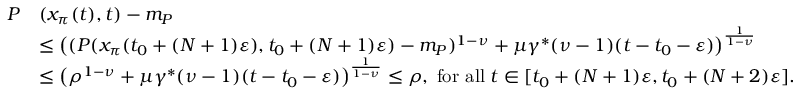
\begin{array} { r l } { P } & { ( x _ { \pi } ( t ) , t ) - m _ { P } } \\ & { \le \big ( ( P ( x _ { \pi } ( t _ { 0 } + ( N + 1 ) \varepsilon ) , t _ { 0 } + ( N + 1 ) \varepsilon ) - m _ { P } ) ^ { 1 - \nu } + \mu \gamma ^ { * } ( \nu - 1 ) ( t - t _ { 0 } - \varepsilon ) \big ) ^ { \frac { 1 } { 1 - \nu } } } \\ & { \le \big ( \rho ^ { 1 - \nu } + \mu \gamma ^ { * } ( \nu - 1 ) ( t - t _ { 0 } - \varepsilon ) \big ) ^ { \frac { 1 } { 1 - \nu } } \le \rho , \; \mathrm { f o r ~ a l l } \; t \in [ t _ { 0 } + ( N + 1 ) \varepsilon , t _ { 0 } + ( N + 2 ) \varepsilon ] . } \end{array}